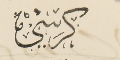
كرسي